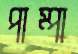
পাম্পা